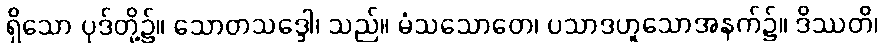
ရှိသော ပုဒ်တို့၌။ သောတသဒ္ဒေါ၊ သည်။ မံသသောတေ၊ ပသာဒဟူသောအနက်၌။ ဒိဿတိ၊